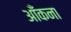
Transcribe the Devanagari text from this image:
आँकना